Loodushoiu_ja_Turismi_Instituut, lk 105
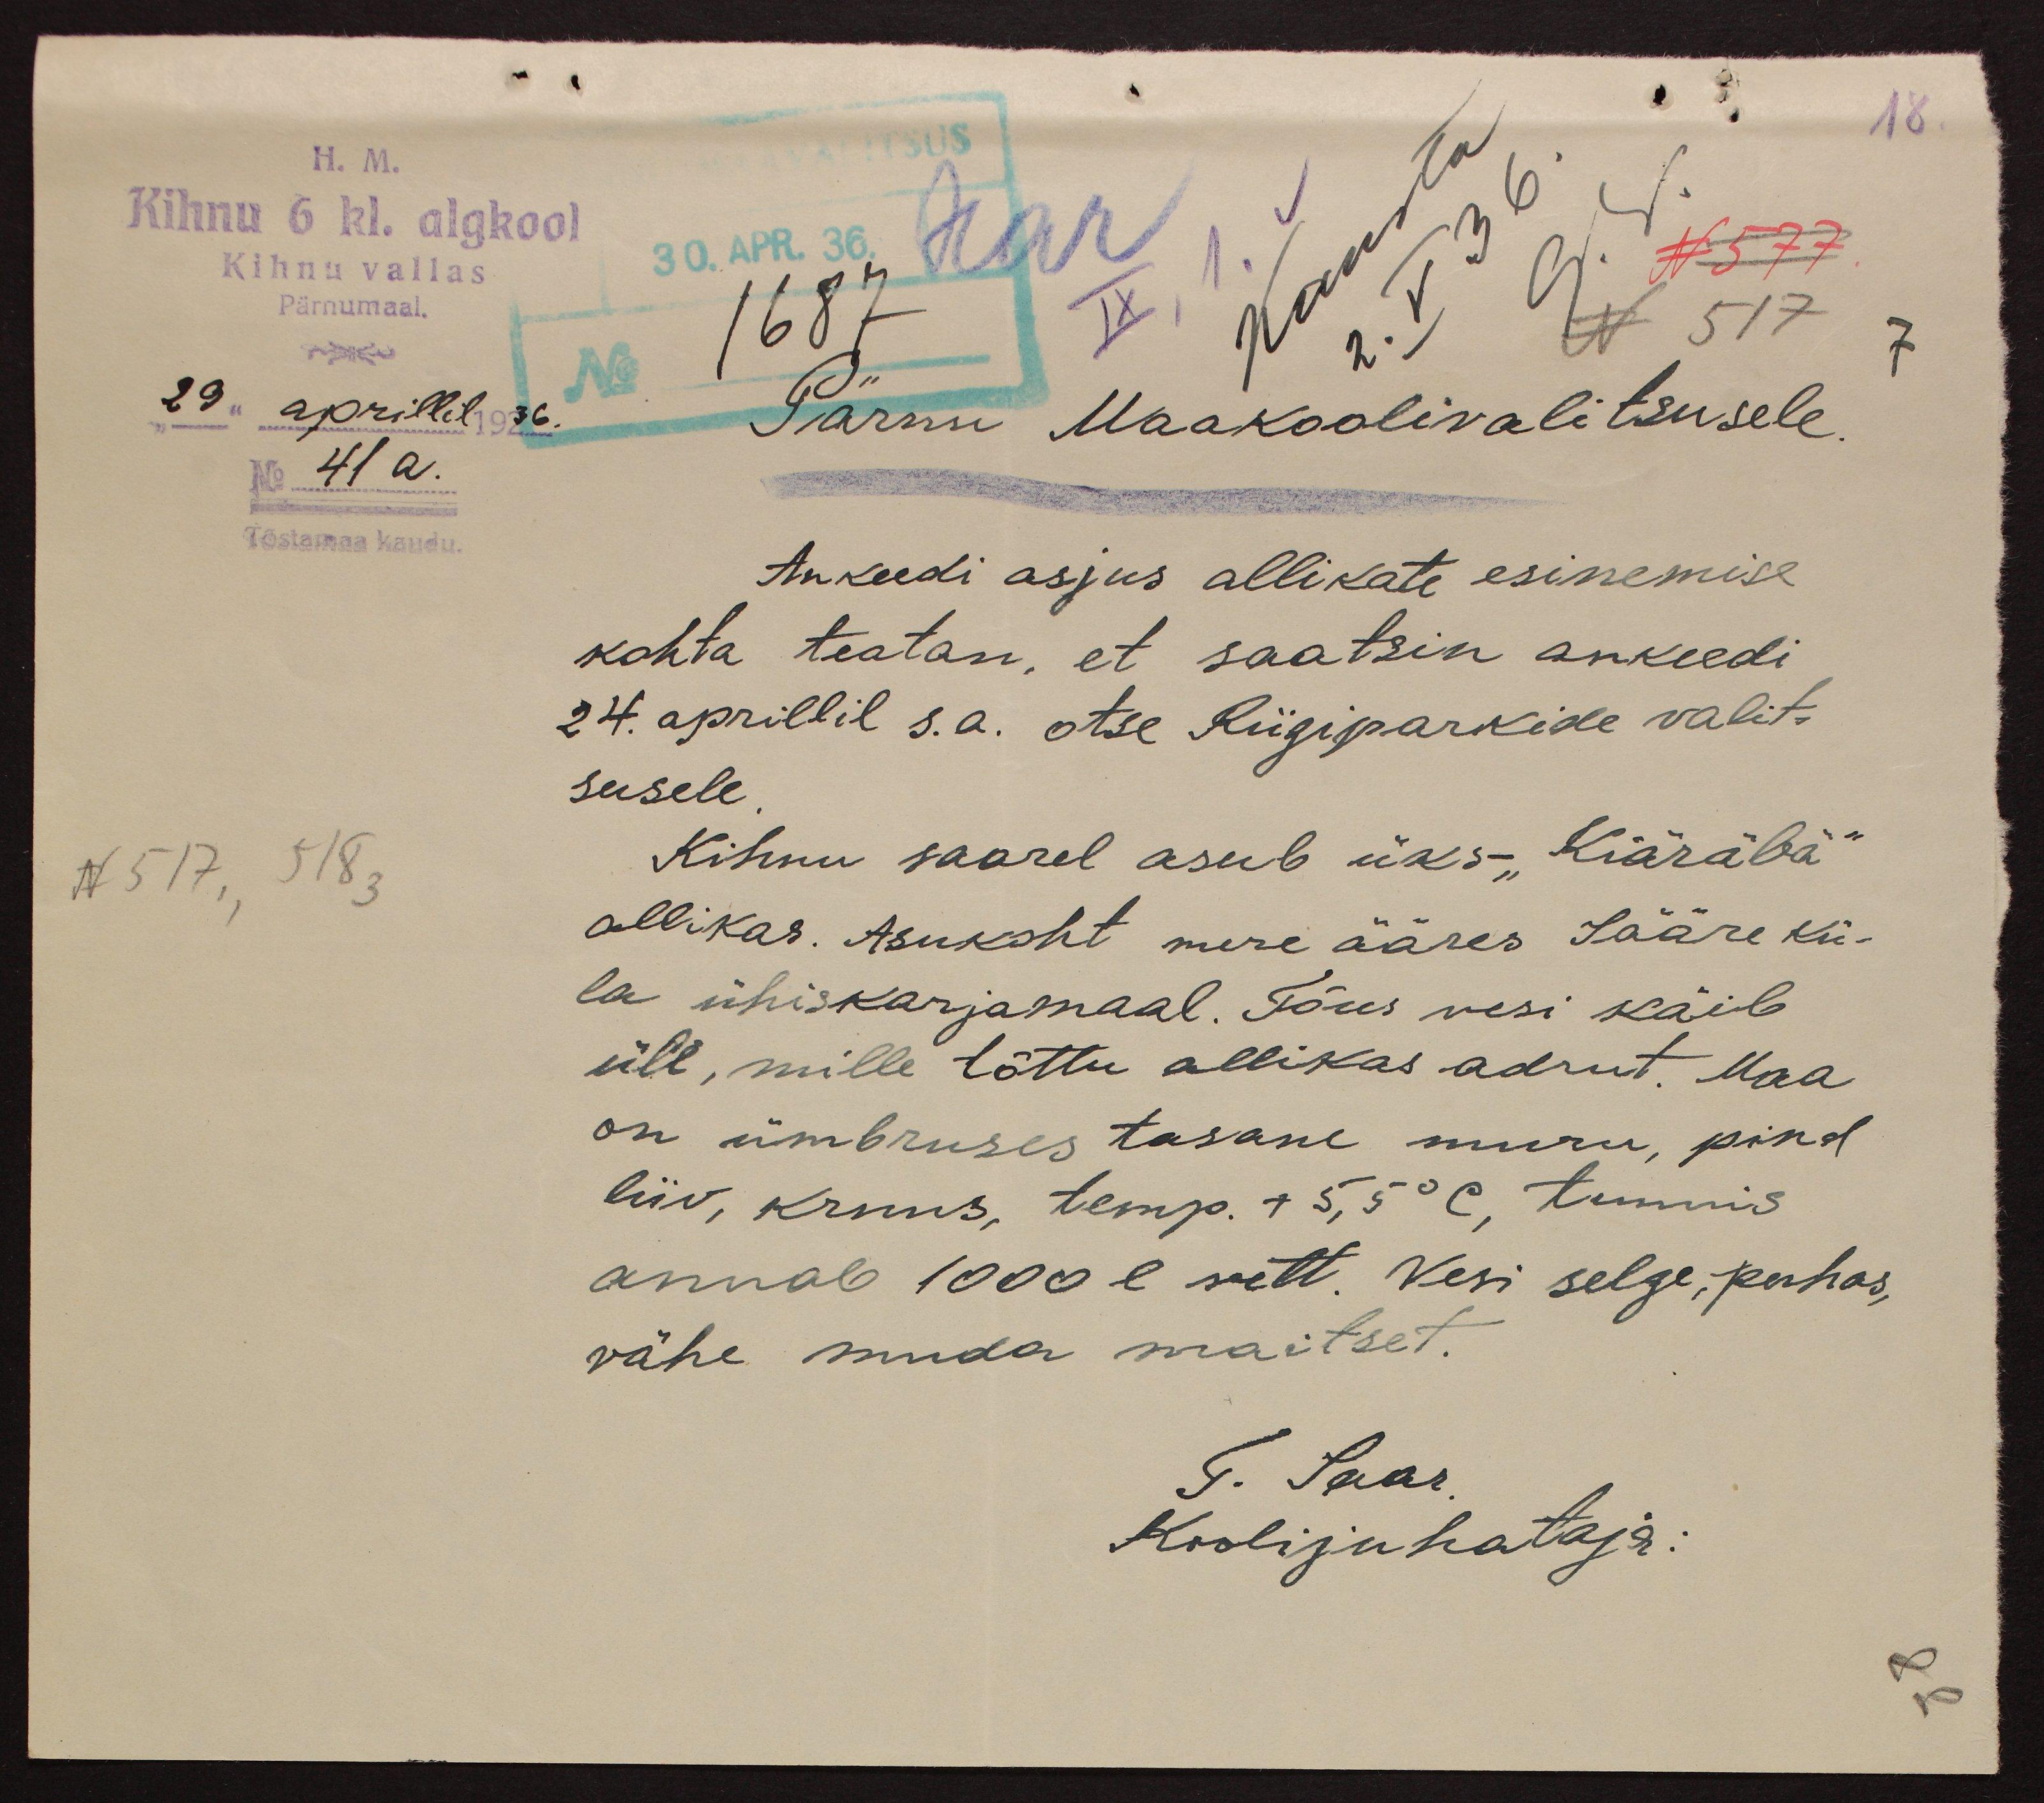
18
H. M.
Kihnu 6 kl. algkool
Kihnu vallas
30. APR. 36.
N 577
Pärnumaal.
No 1687
29" aprillil 36.
7
Pärnu Maakoolivalitsusele
No 41a.
Tõstamaa kaudu.
Ankeedi asjus allikate esinemise
kohta teatan, et saatsin ankeedi
24. aprillil s.a. otse Riigiparkide valit-
susele.
N 517 " 518 3
Kihnu saarel asub üks - "Käärabä"
allikas. Asukoht mere ääres Sääre kü-
la ühiskarjamaal. Tõus vesi käib
üle, mille tõttu allikas adrut. Maa,
on ümbruses tasane muru, pind
liiv, kruus, temp. +5,5°C, tunnis,
annab 1000 l vett. Vesi selge, puhas,
vähe muda maitset.
T. Saar
Koolijuhataja: